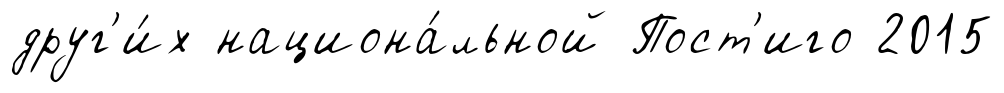
друг'и́х национа́льной Пост'иго 2015